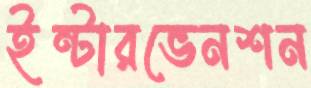
ইন্টারভেনশন